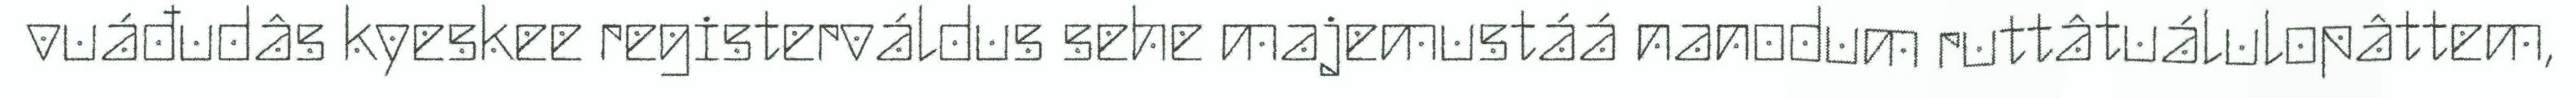
vuáđudâs kyeskee registerváldus sehe majemustáá nanodum ruttâtuálulopâttem,